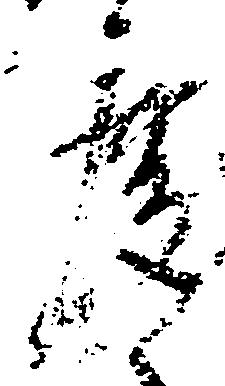
度